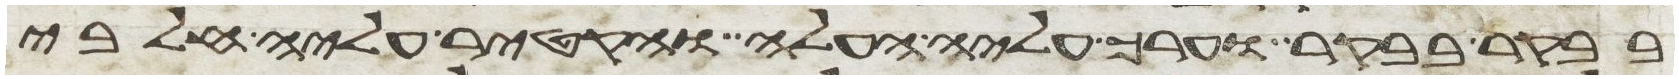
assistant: בבקר בבקר וערך עליה העלה והקטיר עליה חלבי